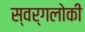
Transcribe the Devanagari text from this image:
स्वर्गलोकी